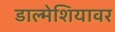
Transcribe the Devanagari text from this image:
डाल्मेशियावर